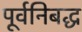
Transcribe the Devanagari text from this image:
पूर्वनिबद्ध